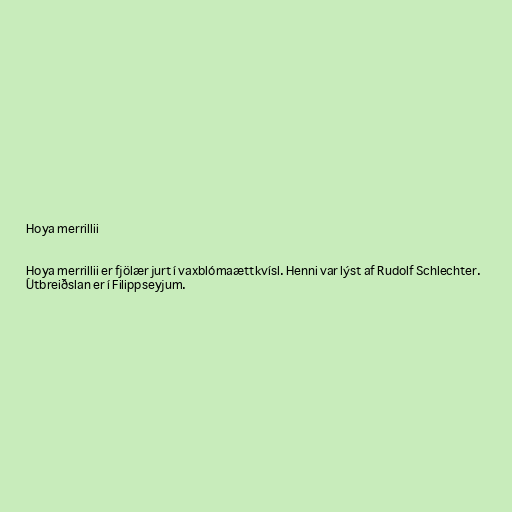
Hoya merrillii

Hoya merrillii er fjölær jurt í vaxblómaættkvísl. Henni var lýst af Rudolf Schlechter.
Útbreiðslan er í Filippseyjum.